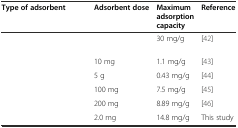
<table><thead><tr><td><b>Type of adsorbent</b></td><td><b>Adsorbent dose</b></td><td><b>Maximum adsorption capacity</b></td><td><b>Reference</b></td></tr></thead><tbody><tr><td>[EMPTY_CELL]</td><td>[EMPTY_CELL]</td><td>30 mg/g</td><td>[42]</td></tr><tr><td>[EMPTY_CELL]</td><td>10 mg</td><td>1.1 mg/g</td><td>[43]</td></tr><tr><td>[EMPTY_CELL]</td><td>5 g</td><td>0.43 mg/g</td><td>[44]</td></tr><tr><td>[EMPTY_CELL]</td><td>100 mg</td><td>7.5 mg/g</td><td>[45]</td></tr><tr><td>[EMPTY_CELL]</td><td>200 mg</td><td>8.89 mg/g</td><td>[46]</td></tr><tr><td>[EMPTY_CELL]</td><td>2.0 mg</td><td>14.8 mg/g</td><td>This study</td></tr></tbody></table>